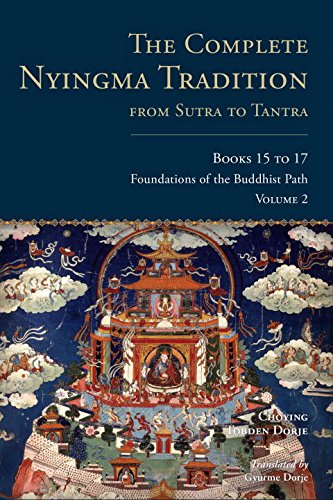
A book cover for The Complete Nyingma Tradition from Sutra to Tantra, Books 15 to 17: The Essential Tantras of Mahayoga (Tsadra); Choying Tobden Dorje; Religion & Spirituality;